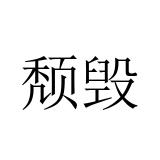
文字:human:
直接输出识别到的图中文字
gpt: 颓毁